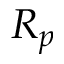
R _ { p }